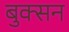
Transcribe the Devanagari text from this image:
बुक्सन